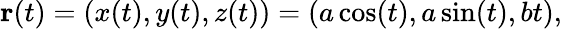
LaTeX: \mathbf{r}(t)=(x(t),y(t),z(t))=(a\cos(t),a\sin(t),bt),